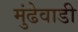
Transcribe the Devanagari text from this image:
मुंढेवाडी